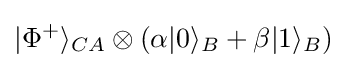
|\Phi ^{+}\rangle _{CA}\otimes (\alpha |0\rangle _{B}+\beta |1\rangle _{B})